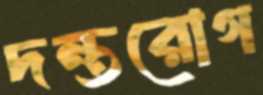
দন্তরোগ